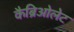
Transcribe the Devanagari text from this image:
कैब्रिओलेट